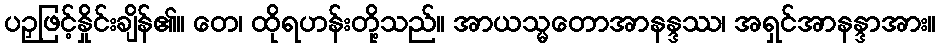
ပဉှဖြင့်နှိုင်းချိန်၏။ တေ၊ ထိုရဟန်းတို့သည်။ အာယသ္မတောအာနန္ဒဿ၊ အရှင်အာနန္ဒာအား။